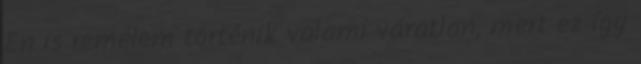
Én is remélem történik valami váratlan, mert ez így